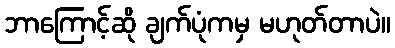
ဘာကြောင့်ဆို ချက်ပုံကမှ မဟုတ်တာပဲ။